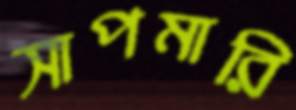
সাপমারি